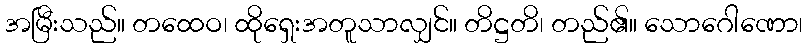
အမြီးသည်။ တထေဝ၊ ထိုရှေးအတူသာလျှင်။ တိဋ္ဌတိ၊ တည်၏။ သောဂေါဏော၊